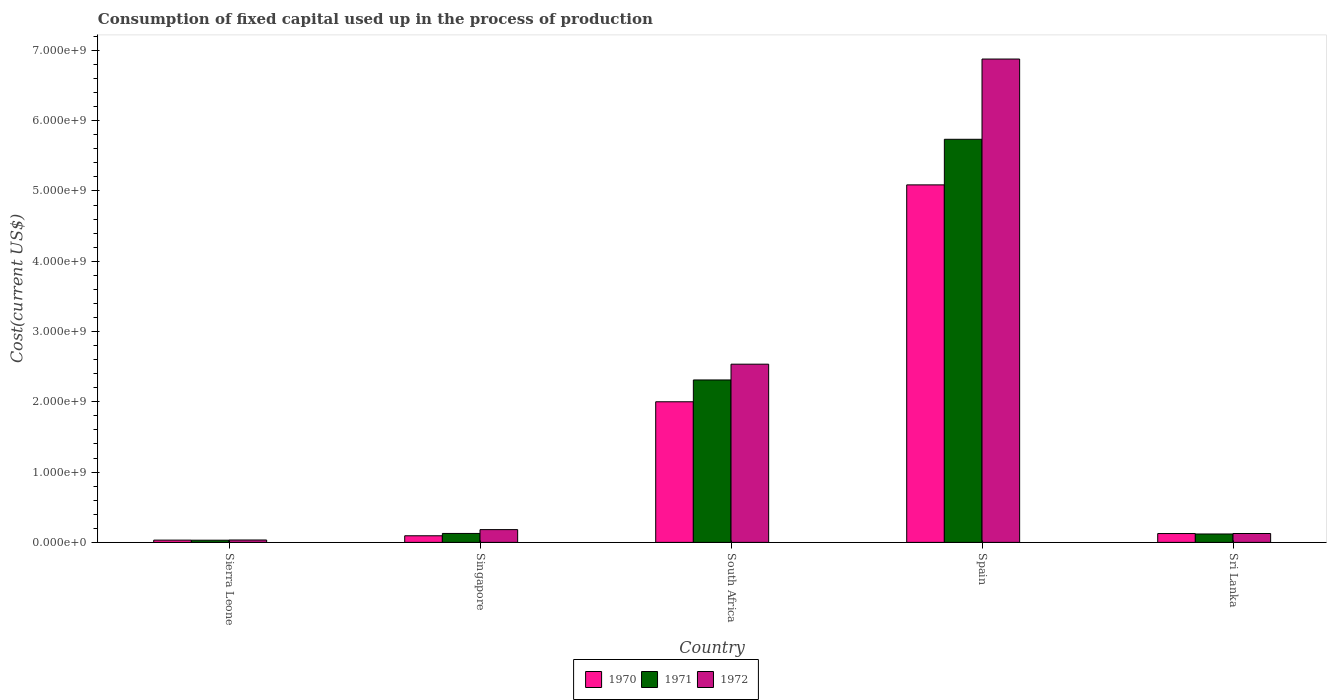
| Country | 1970 | 1971 | 1972 |
 | --- | --- | --- | --- |
 | Sierra Leone | 3.22e+07 | 3.1e+07 | 3.4e+07 |
 | Singapore | 9.4e+07 | 1.27e+08 | 1.82e+08 |
 | South Africa | 2e+09 | 2.31e+09 | 2.54e+09 |
 | Spain | 5.09e+09 | 5.74e+09 | 6.88e+09 |
 | Sri Lanka | 1.26e+08 | 1.2e+08 | 1.26e+08 |